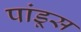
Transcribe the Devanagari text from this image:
पांडूस